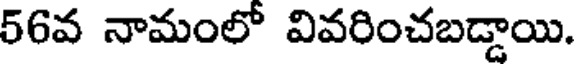
56వ నామంలో వివరించబడ్డాయి.